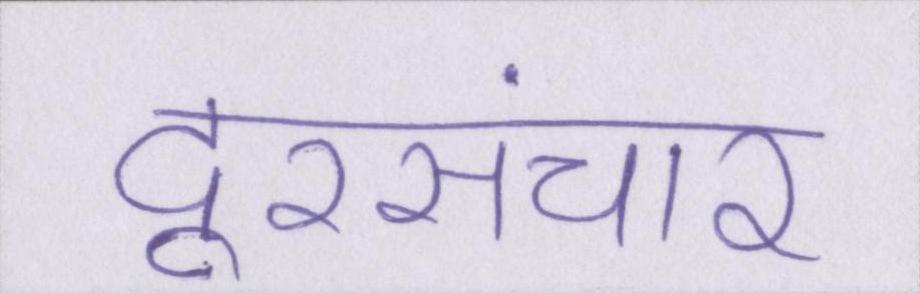
दूरसंचार